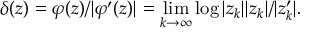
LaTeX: \delta ( z ) = \varphi ( z ) / | \varphi ^ { \prime } ( z ) | = \operatorname* { l i m } _ { k \to \infty } \log | z _ { k } | | z _ { k } | / | z _ { k } ^ { \prime } | .